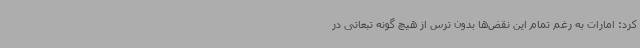
کرد: امارات به رغم تمام این نقض‌ها بدون ترس از هیچ گونه تبعاتی در